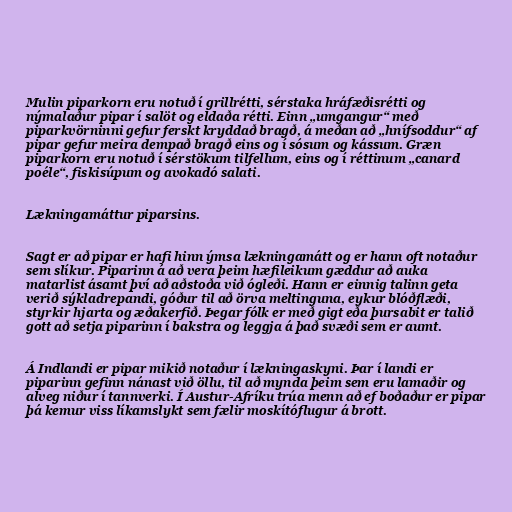
Mulin piparkorn eru notuð í grillrétti, sérstaka hráfæðisrétti og
nýmalaður pipar í salöt og eldaða rétti. Einn „umgangur“ með
piparkvörninni gefur ferskt kryddað bragð, á meðan að „hnífsoddur“ af
pipar gefur meira dempað bragð eins og í sósum og kássum. Græn
piparkorn eru notuð í sérstökum tilfellum, eins og í réttinum „canard
poéle“, fiskisúpum og avokadó salati.

Lækningamáttur piparsins.

Sagt er að pipar er hafi hinn ýmsa lækningamátt og er hann oft notaður
sem slíkur. Piparinn á að vera þeim hæfileikum gæddur að auka
matarlist ásamt því að aðstoða við ógleði. Hann er einnig talinn geta
verið sýkladrepandi, góður til að örva meltinguna, eykur blóðflæði,
styrkir hjarta og æðakerfið. Þegar fólk er með gigt eða þursabit er talið
gott að setja piparinn í bakstra og leggja á það svæði sem er aumt.

Á Indlandi er pipar mikið notaður í lækningaskyni. Þar í landi er
piparinn gefinn nánast við öllu, til að mynda þeim sem eru lamaðir og
alveg niður í tannverki. Í Austur-Afríku trúa menn að ef boðaður er pipar
þá kemur viss líkamslykt sem fælir moskítóflugur á brott.